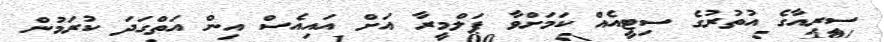
ސީރިއާގެ އުތުރުގެ ސިޓީއެއް ކަމަށްވާ ޕަލްމީރާ އަށް އައިއެސް އިން އަތްގަދަ ކުރަމުން